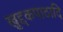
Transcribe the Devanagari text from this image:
खुद्दकपाठादि